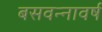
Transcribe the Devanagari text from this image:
बसवन्नावर्ष